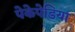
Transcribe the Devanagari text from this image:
पेकेपेडिया